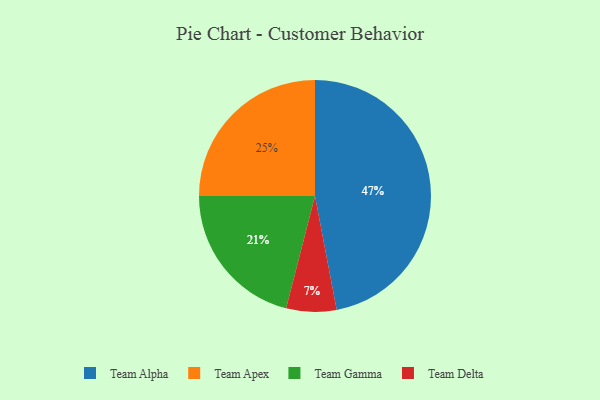
{"axis": {"x": "Category", "y": "Percentage"}, "legend": ["Team Alpha", "Team Apex", "Team Delta", "Team Gamma"], "data": [{"x": "Team Apex", "y": 25, "type": "Team Apex"}, {"x": "Team Alpha", "y": 47, "type": "Team Alpha"}, {"x": "Team Delta", "y": 7, "type": "Team Delta"}, {"x": "Team Gamma", "y": 21, "type": "Team Gamma"}]}